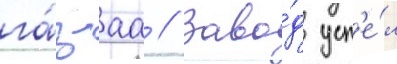
га́з-аа // Заво́д усп'е́л